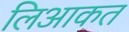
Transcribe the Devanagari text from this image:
लिआकत